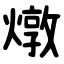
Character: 燉